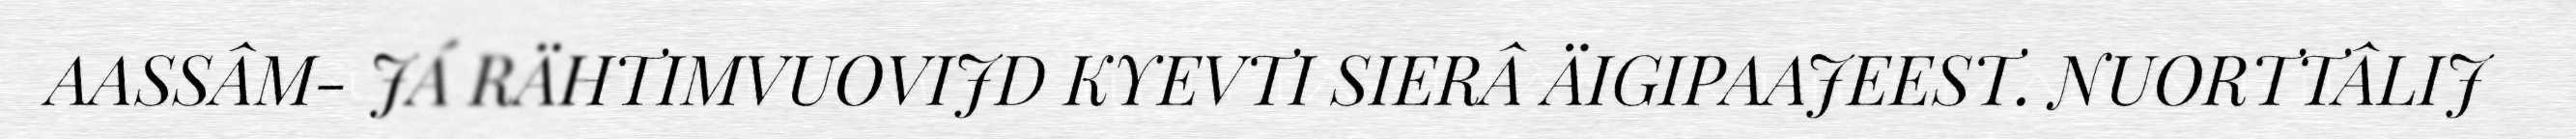
AASSÂM- JÁ RÄHTIMVUOVIJD KYEVTI SIERÂ ÄIGIPAAJEEST. NUORTTÂLIJ